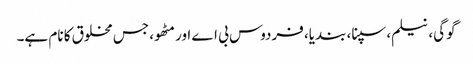
گوگی، نیلم، سپنا، بندیا، فردوس بی اے اور مٹھو، جس مخلوق کا نام ہے۔